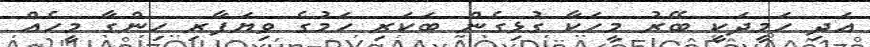
އަދި ހަމީދަކީ ބޭރު މީހަކާ ގުޅިގެން ބަކަރި ހަމުގެ ވިޔަފާރި ހިންގާ މީހެއް